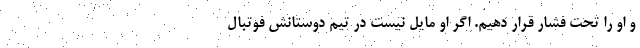
و او را تحت فشار قرار دهیم. اگر او مایل نیست در تیم دوستانش فوتبال